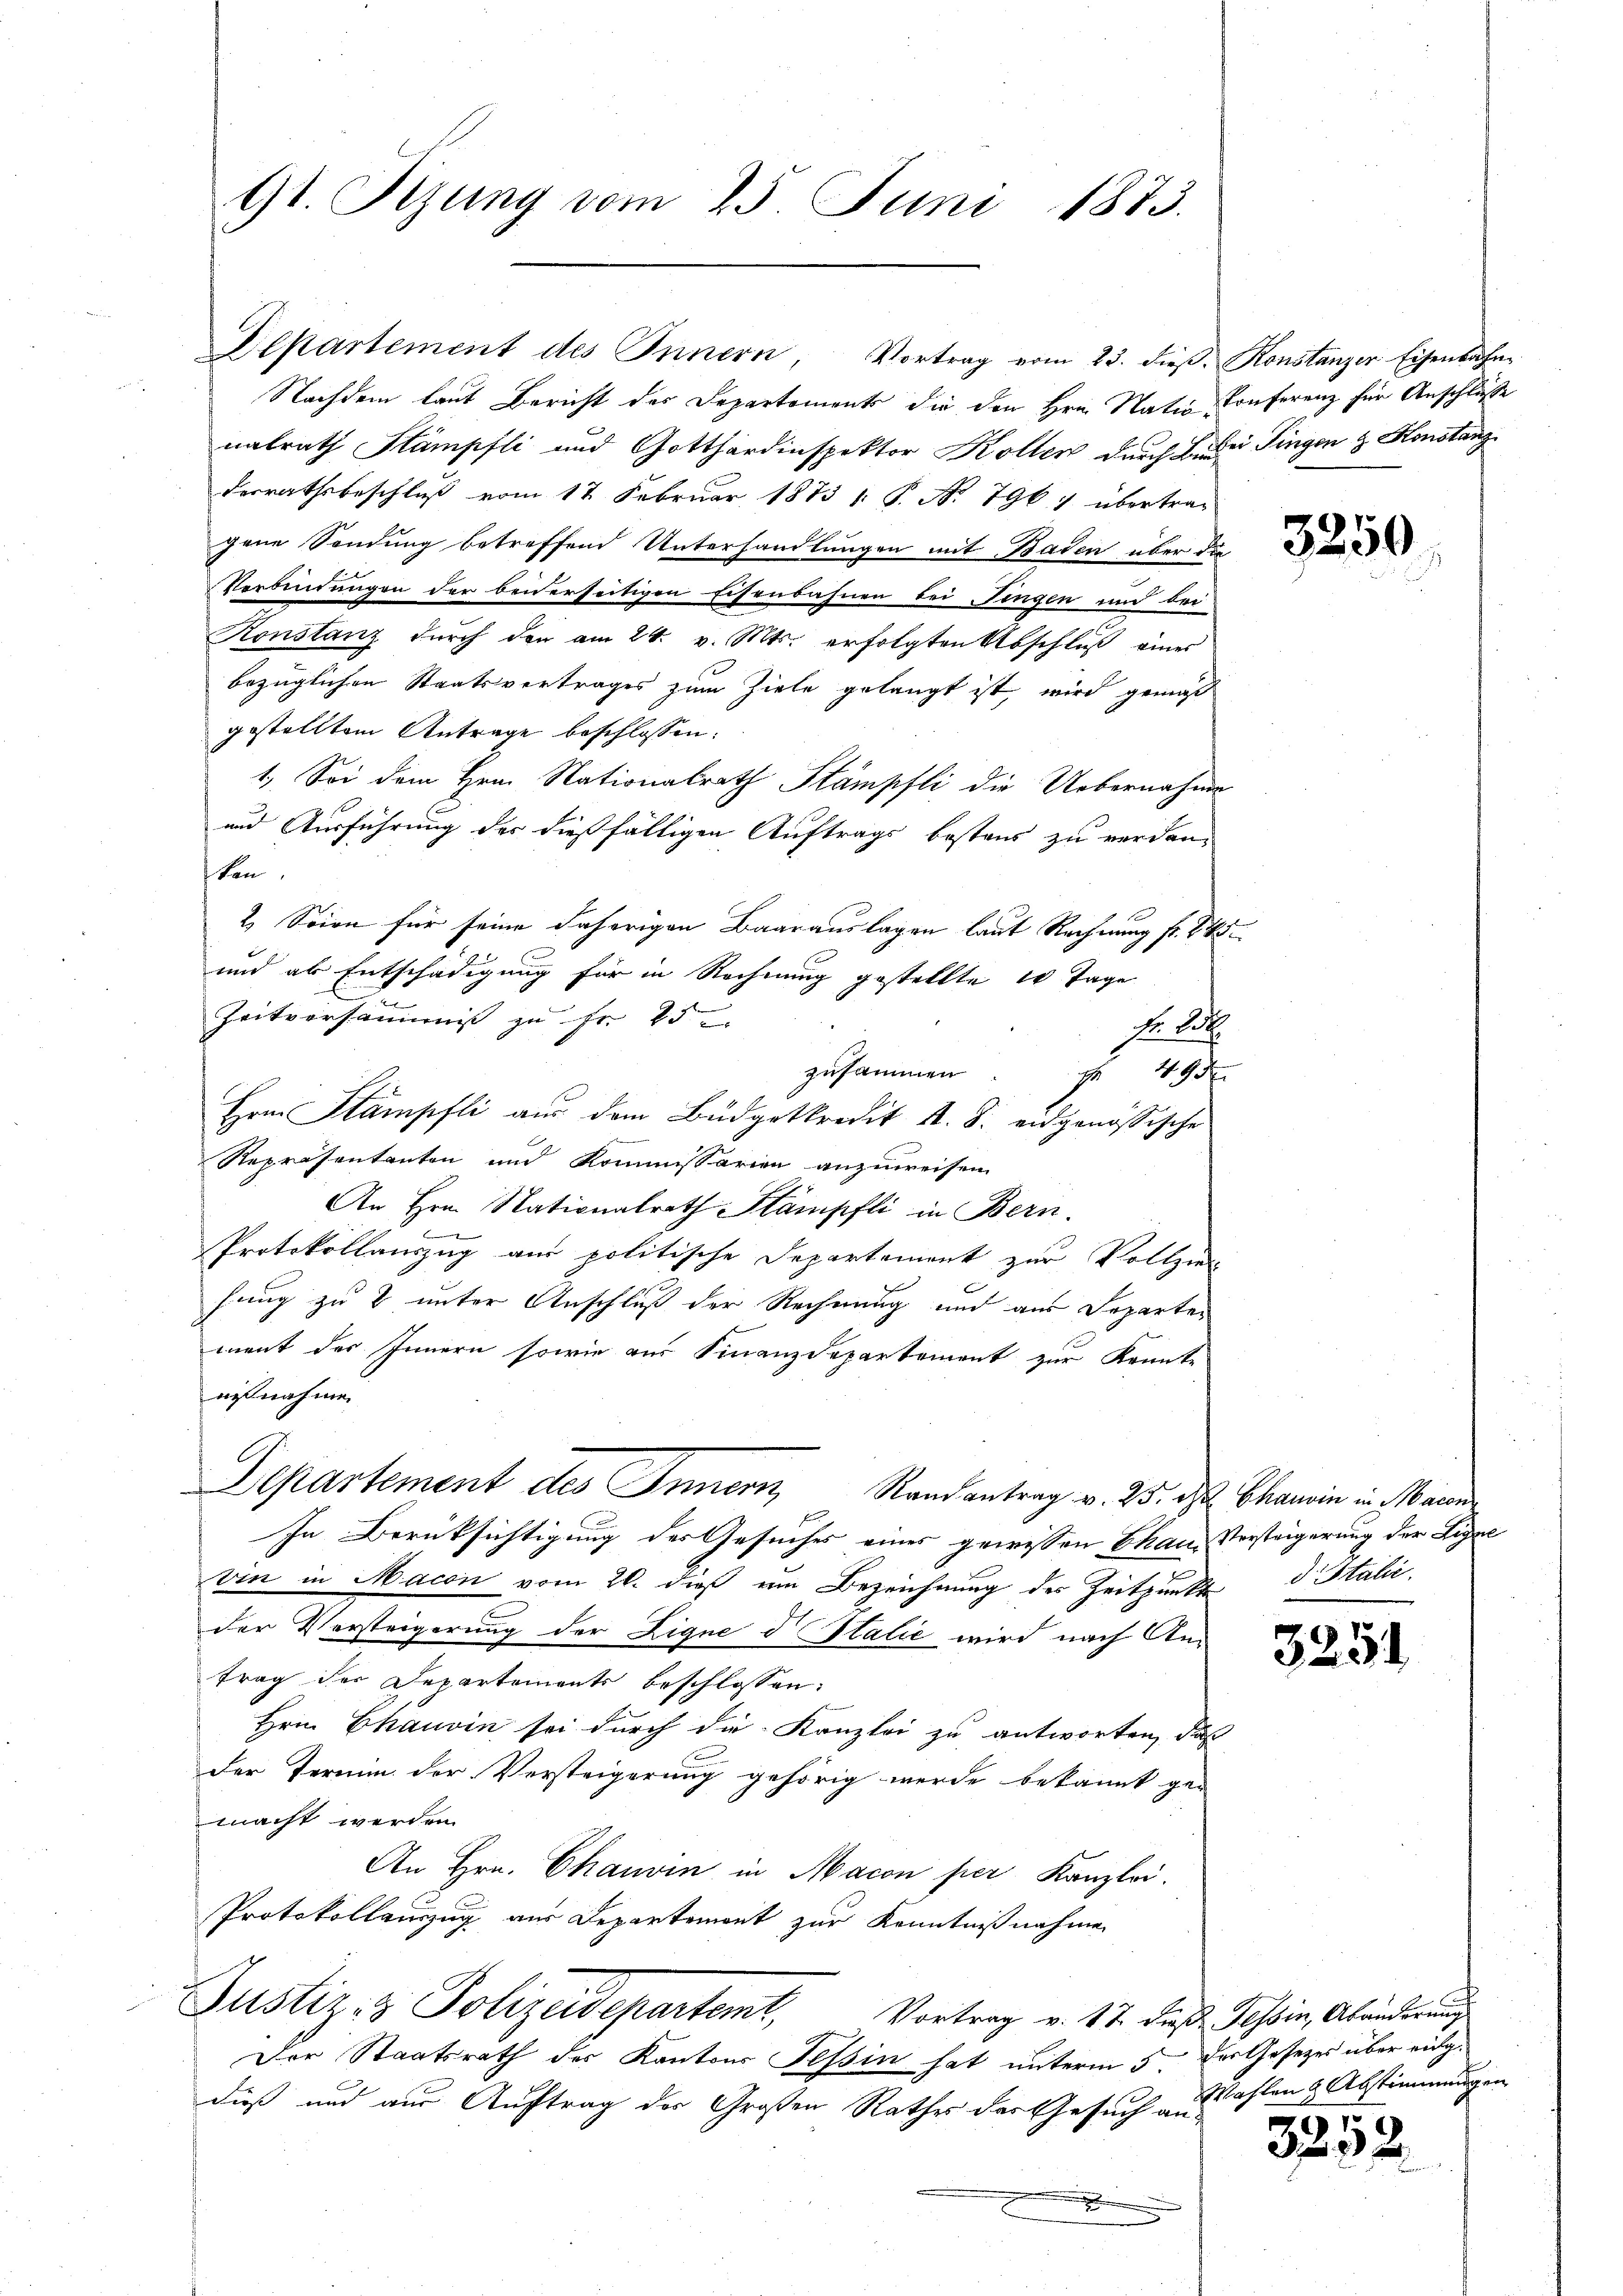
9t. Rizung vom 25. Juni 1873.

Departement des Innern, Vortrag vom 23. dieβ. Konstanzer Eisenbahn-
Nachdem laut Bericht der Departements die den Hrn. Natio Conferenz für Anschlüße
nalrath Stämpfli und Gotthardinspektor Kollen durch Leder Fingen & Konstanz
derrathsbeschluß vom 12 Februar 1873 /: P. Nr. 796 7 übertrag
gene Sendung betreffend Unterhandlungen mit Baden über die
Verbindungen der beiderseitigen Eisenbahnen bei ingen und bei
Konstanz durch den am 24. v. Mts. erfolgten Abschluß eines
bezüglichen Staatsvertrages zum Ziele gelangt ist, wird gemäß
gestelltem Antrage beschlossen:
1.) Sei dem Hrn. Nationalrath Stämpfli die Uebernahme
und Ausführung der dießfälligen Auftrags bestand zu verdanken.
2. Seien für seine daherigen Baarauslagen laut Rechnung fr. 8
und als Entschädigung für in Rechnung gestellte er Tage
Zeitversamms zu Fr. 25
Fr. 256
zusammen . . 495.
Hrn Stämpfli aus dem Büdgetkredit A. S. eidgenössische
Repräsentanten und Kommissarien anzuweisen
An Hrn. Nationalrath Stämpfli in Bern.
Protokollauszug aus politische Departement zur Vollzi
hung zu 8 unter Anschluß der Rechnung und aus Departen
ment der Innern sowie aus Finanzdepartement zur Konnte
aufnahmen
Departement des Innern Randantrag v. 25. ds Charin in Mann
In Berüksichtigung des Gesuches eines gewissen Chaus Versteigerung der Ligal
vin in Macon vom 20. dieß um Bezeichnung des Zeitpunkt d Italić,
der Versteigerung der Zigne d Italie wird nach Antrag der Departements beschlossen:
Hrn. Chauvin sei durch die Kanzlei zu antworten, daß
der Termin der Versteigerung gehörig werde bekannt ge-
macht werden.
An Hrn. Chauvin in Macon per Kanzlei.
Protokollauszug aus Departement zur Kenntnißnahme
Justiz- & Polizeidepartemt,
Vortrag v. 12 dies Tessin, Abänderung
Der Staatsrath der Kantons Tessin hat unterm 5 des Gesetzes über eingdieß und aus Auftrag der Großen Rathes der Gesuch an dasten & Abstimmungen
.

.

2

3250,

3251

3252